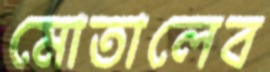
মোতালেব